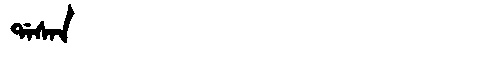
Manchu: ᡩᠠᠰᠠᠨ
Romanization: DASAN